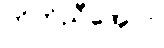
ကိုက်ညီအောင်